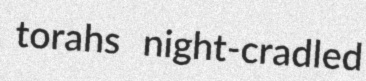
torahs night-cradled